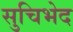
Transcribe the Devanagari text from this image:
सुचिभेद